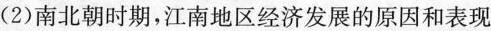
(2)南北朝时期，江南地区经济发展的原因和表现